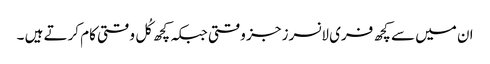
ان میں سے کچھ فری لانسرز جز وقتی جبکہ کچھ کُل وقتی کام کرتے ہیں ۔